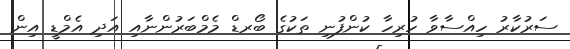
ސަރުކާރު ހިއްސާވާ ހުރިހާ ކުންފުނި ތަކުގެ ބޯރޑް މެމްބަރުންނާއި އަދި އެމްޑީ އިން